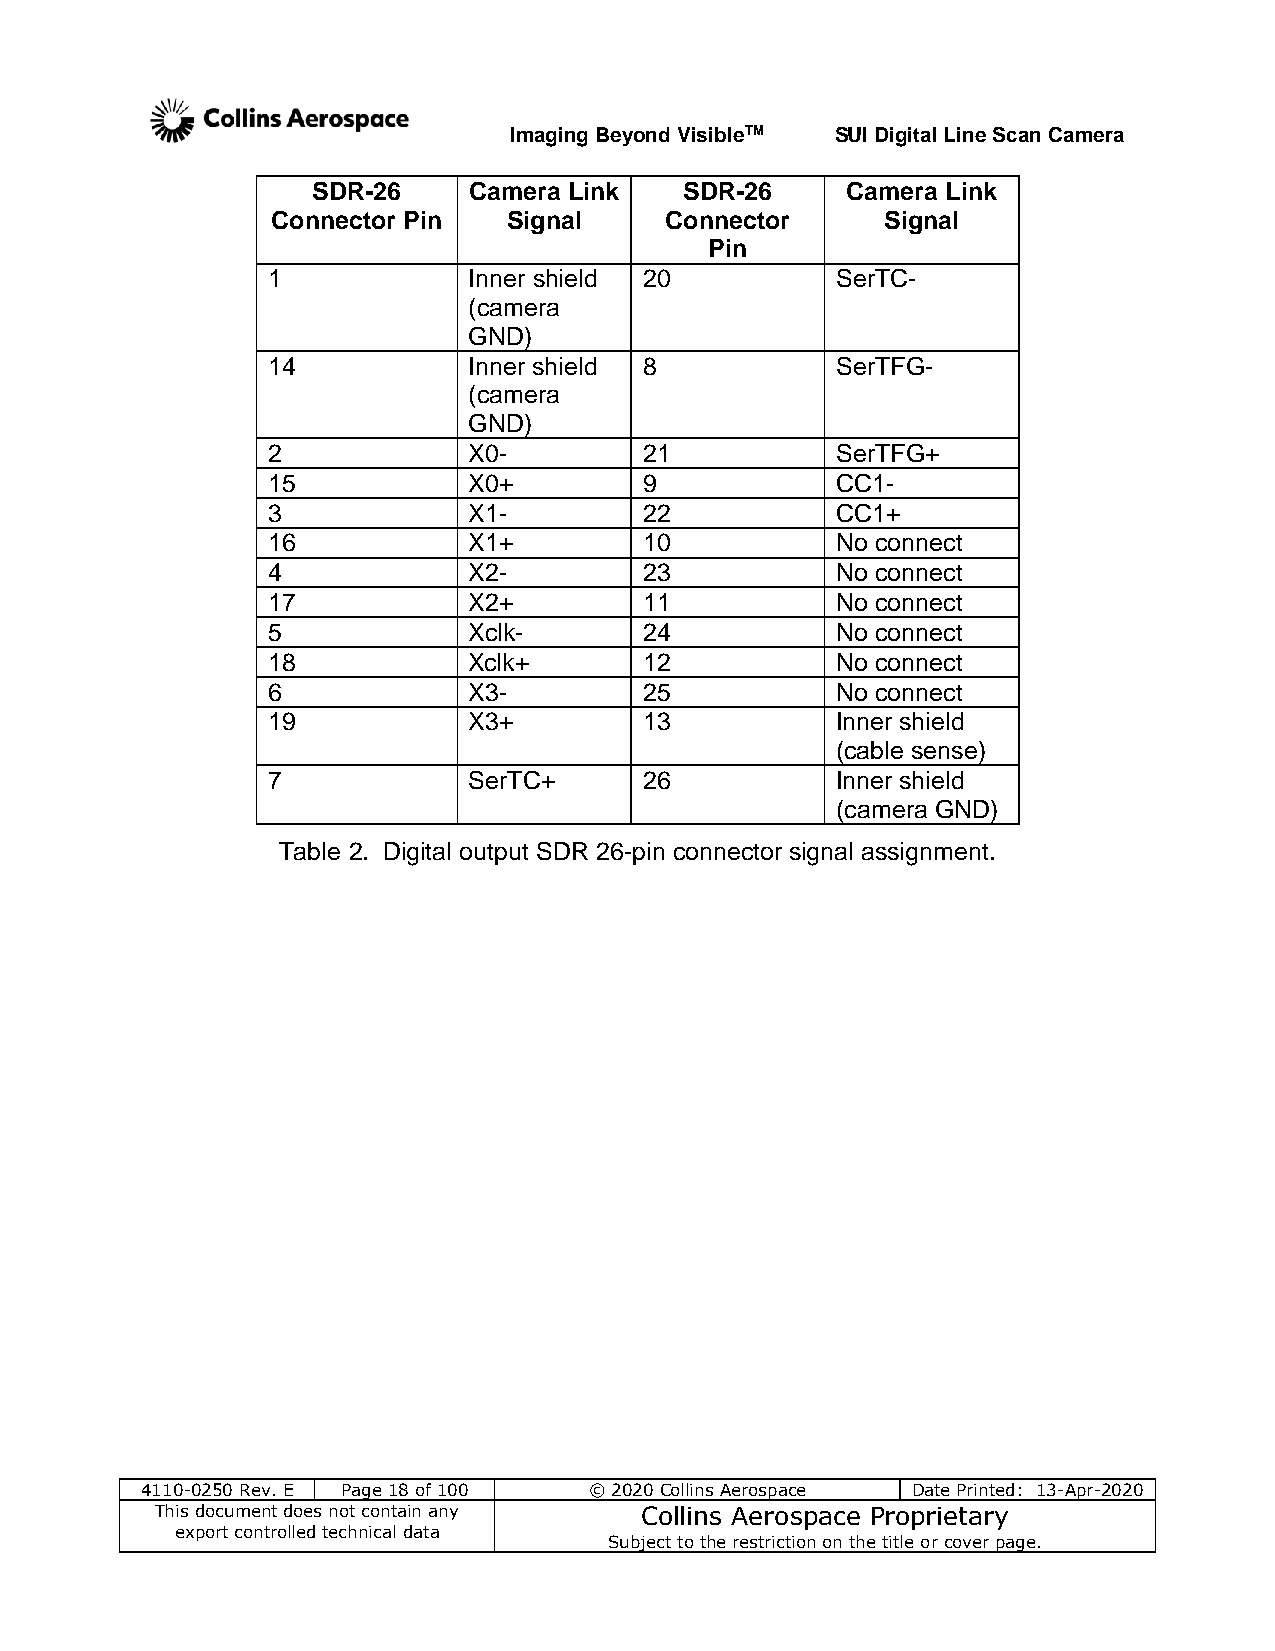
Imaging Beyond VisibleTM SUI Digital Line Scan Camera
 SDR-26    Camera Link   SDR-26     Camera Link
 Connector Pin   Signal    Connector      Signal
 Pin
 1            Inner shield 20         SerTC-
 (camera
 GND)
 14           Inner shield 8          SerTFG-
 (camera
 GND)
 2            X0-         21          SerTFG+
 15           X0+         9           CC1-
 3            X1-         22          CC1+
 16           X1+         10          No connect
 4            X2-         23          No connect
 17           X2+         11          No connect
 5            Xclk-       24          No connect
 18           Xclk+       12          No connect
 6            X3-         25          No connect
 19           X3+         13          Inner shield
 (cable sense)
 7            SerTC+      26          Inner shield
 (camera GND)
 Table 2. Digital output SDR 26-pin connector signal assignment.
 4110-0250 Rev. E Page 18 of 100 © 2020 Collins Aerospace Date Printed: 13-Apr-2020
 This document does not contain any Collins Aerospace Proprietary
 export controlled technical data
 Subject to the restriction on the title or cover page.